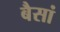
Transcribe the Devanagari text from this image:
बैसां